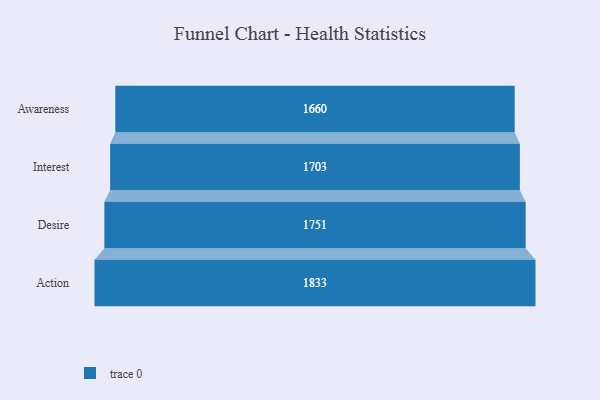
{"axis": {"x": "Stage", "y": "Value"}, "legend": [""], "data": [{"x": "Awareness", "y": 1660.0, "type": ""}, {"x": "Interest", "y": 1703.0, "type": ""}, {"x": "Desire", "y": 1751.0, "type": ""}, {"x": "Action", "y": 1833.0, "type": ""}]}